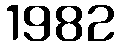
1982